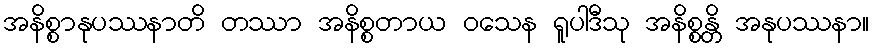
အနိစ္စာနုပဿနာတိ တဿာ အနိစ္စတာယ ဝသေန ရူပါဒီသု အနိစ္စန္တိ အနုပဿနာ။